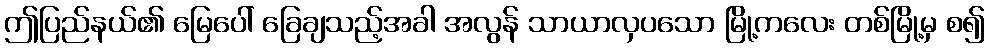
ဤပြည်နယ်၏ မြေပေါ် ခြေချသည့်အခါ အလွန် သာယာလှပသော မြို့ကလေး တစ်မြို့မှ စ၍